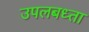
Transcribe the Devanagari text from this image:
उपलबध्ता